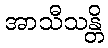
အာသီသန္တိ